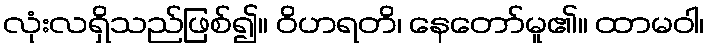
လုံးလရှိသည်ဖြစ်၍။ ဝိဟရတိ၊ နေတော်မူ၏။ ထာမဝါ၊